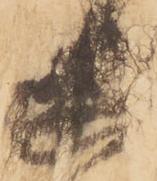
幽